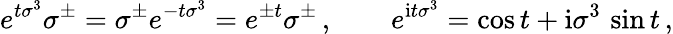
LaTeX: e^{t\sigma^{3}}\sigma^{\pm}=\sigma^{\pm}e^{-t\sigma^{3}}=e^{\pm t}\sigma^{\pm}\, ,\qquad e^{\mathrm{i}t\sigma^{3}}=\cos t+\mathrm{i}\sigma^{3}\, \sin t\, ,